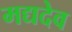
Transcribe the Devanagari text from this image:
मद्यदेव